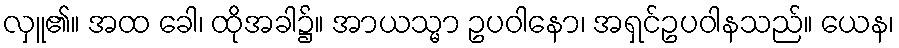
လှူ၏။ အထ ခေါ၊ ထိုအခါ၌။ အာယသ္မာ ဥပဝါနော၊ အရှင်ဥပဝါနသည်။ ယေန၊